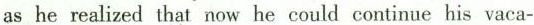
as he realized that now he could continue his vaca-